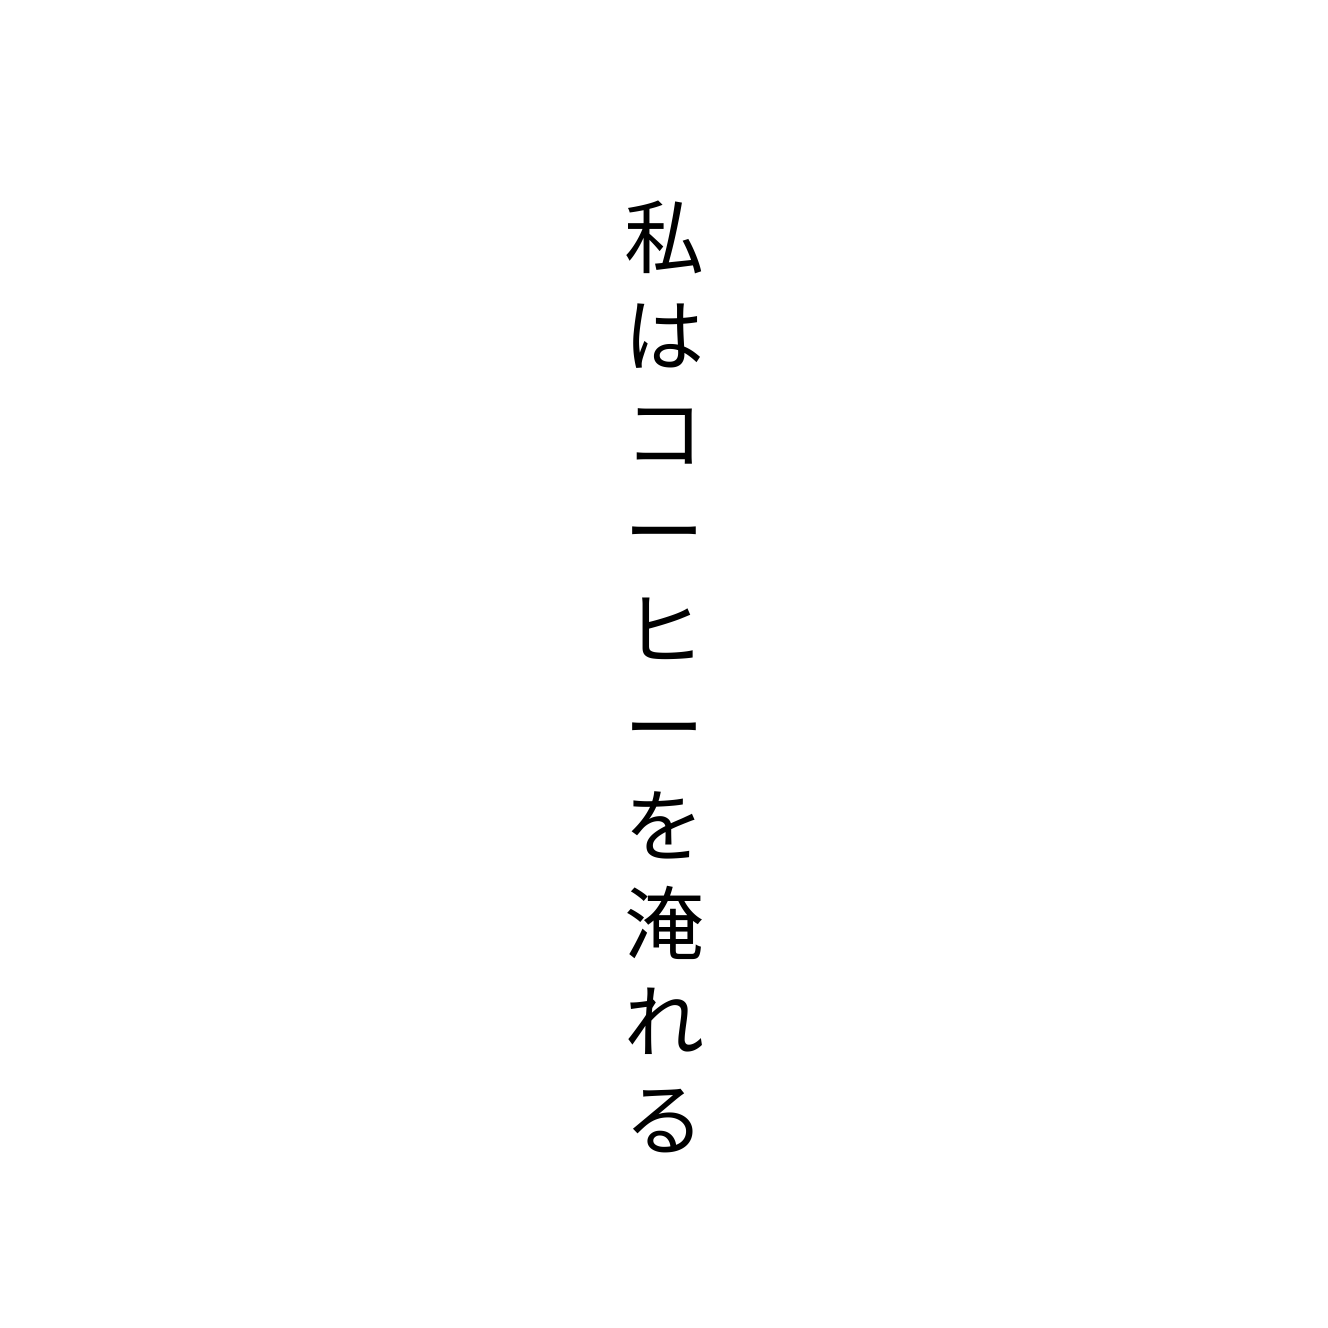
私はコーヒーを淹れる